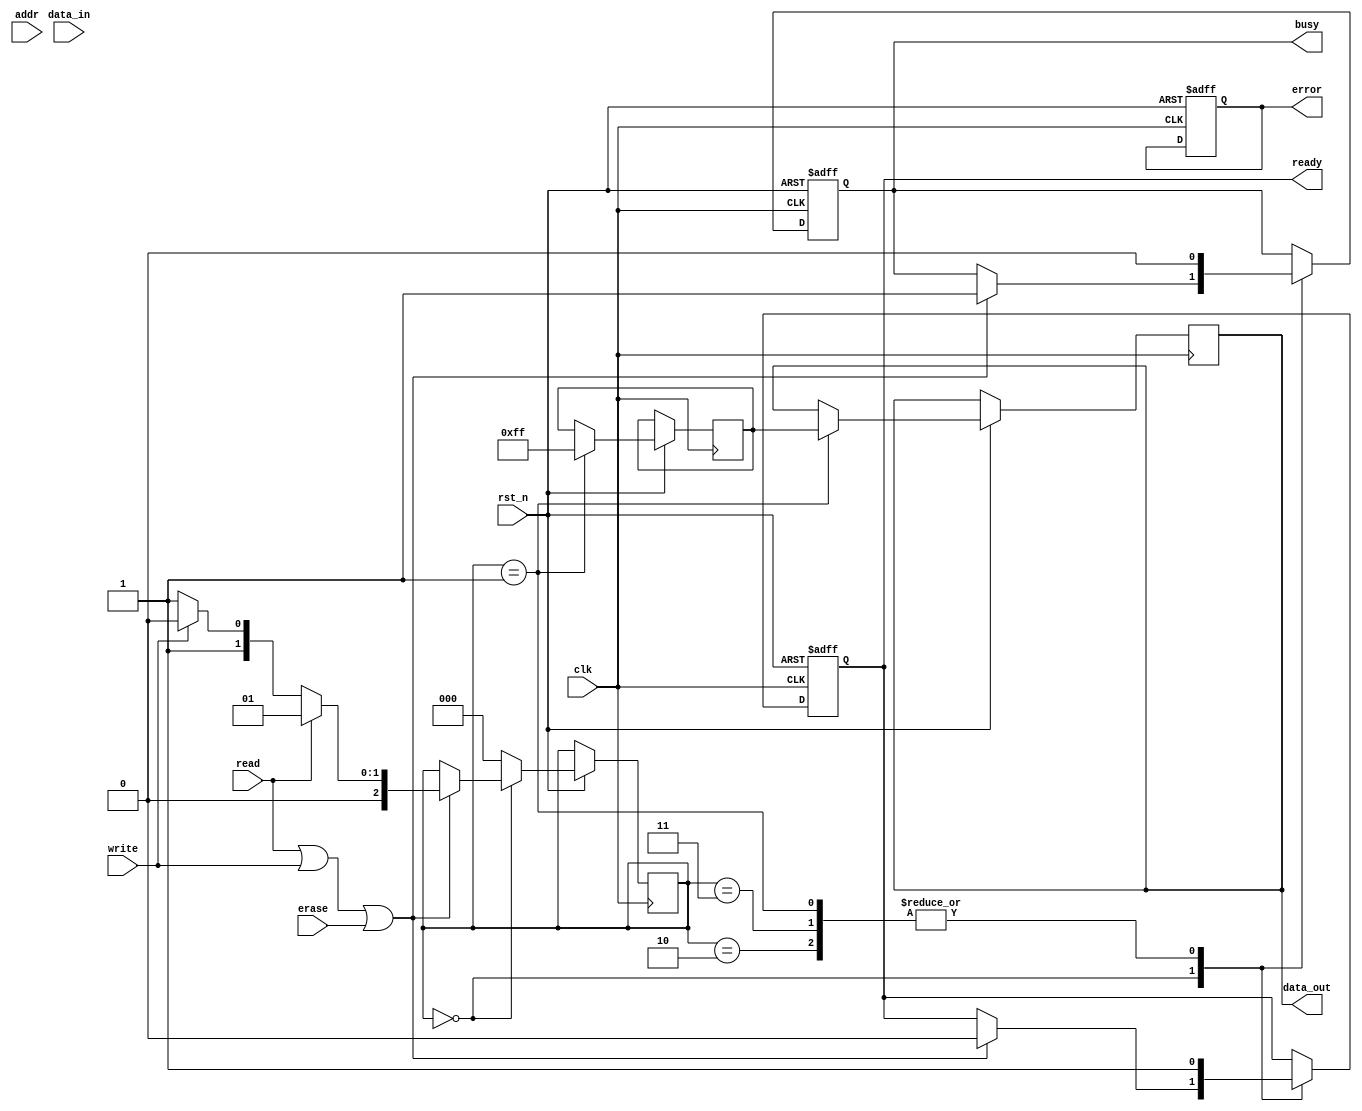
module io_blocks_parallel_flash #(
    parameter DATA_WIDTH = 8,    // Data width (8, 16, or 32 bits)
    parameter ADDR_WIDTH = 16     // Address width
)(
    input  wire                  clk,                // Clock signal
    input  wire                  rst_n,              // Reset signal, active low
    input  wire [ADDR_WIDTH-1:0] addr,              // Address from host
    input  wire [DATA_WIDTH-1:0] data_in,           // Data input from host
    output reg  [DATA_WIDTH-1:0] data_out,          // Data output to host
    input  wire                  read,               // Read command
    input  wire                  write,              // Write command
    input  wire                  erase,              // Erase command
    output reg                   busy,               // Busy status signal
    output reg                   ready,              // Ready status signal
    output reg                   error               // Error status signal
);

// Control Logic
reg [2:0] state;  // State machine for control
localparam IDLE = 3'b000, READ = 3'b001, WRITE = 3'b010, ERASE = 3'b011;

// Data Bus Interface
reg [DATA_WIDTH-1:0] data_buf; // Buffer for data operations

// Address Decoder (assumed simple for demonstration)
wire [ADDR_WIDTH-1:0] selected_addr;
assign selected_addr = addr;

// Read/Write Buffers
reg [DATA_WIDTH-1:0] read_buffer; // Buffer for read data
reg [DATA_WIDTH-1:0] write_buffer; // Buffer for write data

// Status Register
always @(posedge clk or negedge rst_n) begin
    if (!rst_n) begin
        busy <= 1'b0;
        ready <= 1'b1;
        error <= 1'b0;
    end else begin
        case (state)
            IDLE: begin
                if (read || write || erase) begin
                    busy <= 1'b1;
                    ready <= 1'b0;
                    state <= (read) ? READ : (write) ? WRITE : ERASE;
                end
            end
            READ: begin
                // Simulate reading from flash (dummy data for example)
                read_buffer <= {DATA_WIDTH{1'b1}}; // Example read data
                data_out <= read_buffer;
                busy <= 1'b0;
                ready <= 1'b1;
                state <= IDLE;
            end
            WRITE: begin
                // Simulate write to flash
                write_buffer <= data_in;
                // Assume write operation is done
                busy <= 1'b0;
                ready <= 1'b1;
                state <= IDLE;
            end
            ERASE: begin
                // Simulate erase operation
                // Assume erase operation is done
                busy <= 1'b0;
                ready <= 1'b1;
                state <= IDLE;
            end
            default: state <= IDLE;
        endcase
    end
end

// Error Detection and Correction (EDC) Logic
// Placeholder for EDC logic, to be implemented as needed

endmodule